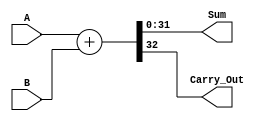
`timescale 1ns / 1ps
//////////////////////////////////////////////////////////////////////////////////
// Company: 
// Engineer: 
// 
// Design Name: 
// Module Name: Adder
// Project Name: 
// Target Devices: 
// Tool Versions: 
// Description: 
// 
// Dependencies: 
// 
// Revision:
// Revision 0.01 - File Created
// Additional Comments:
// 
//////////////////////////////////////////////////////////////////////////////////


module Adder(
        input [31:0] A, B,
        output [31:0] Sum,
        output Carry_Out
    );
    
    assign {Carry_Out, Sum } = A + B;
    
endmodule